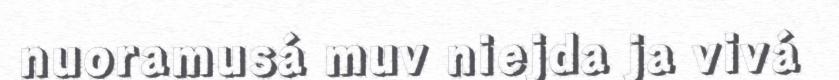
nuoramusá muv niejda ja vivá